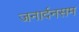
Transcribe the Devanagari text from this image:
जनार्दनसम